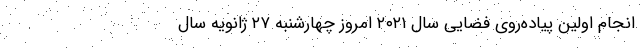
انجام اولین پیاده‌روی فضایی سال ۲۰۲۱ امروز چهارشنبه ۲۷ ژانویه سال